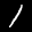
Label: 1